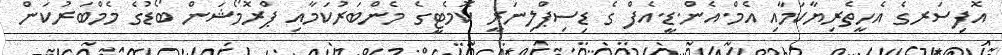
އޮފިސަރގެ އެހީތެރިޔާކަމާއި އެމް.އެން.ޑީ.އެފް ގެ ޑިސިޕްލިނަރީ ކޮމެޓީގެ މެންބަރުކަމާއި ޕްރޮމޯޝަން ބޯޑުގެ މެމްބަރުކަން